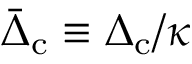
\bar { \Delta } _ { \mathrm { c } } \equiv \Delta _ { \mathrm { c } } / \kappa